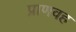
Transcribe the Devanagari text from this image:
प्राणवह